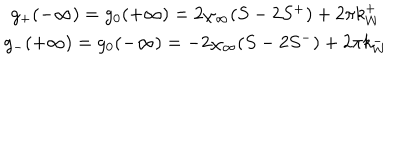
\begin{array} { c } { { g _ { + } ( - \infty ) = g _ { 0 } ( + \infty ) = 2 \chi _ { \infty } ( S - 2 S ^ { + } ) + 2 \pi k _ { W } ^ { + } } } \\ { { g _ { - } ( + \infty ) = g _ { 0 } ( - \infty ) = - 2 \chi _ { \infty } ( S - 2 S ^ { - } ) + 2 \pi k _ { W } ^ { - } } } \\ \end{array}